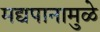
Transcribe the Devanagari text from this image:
मद्यपानामुळे